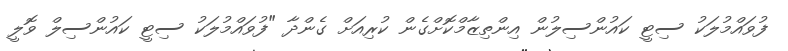
ފުވައްމުލަކު ސިޓީ ކައުންސިލުން އިންތިޒާމްކޮށްގެން ކުރިއަށް ގެންދާ "ފުވައްމުލަކު ސިޓީ ކައުންސިލް ވޮލީ